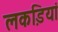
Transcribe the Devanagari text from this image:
लकडि़यां